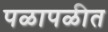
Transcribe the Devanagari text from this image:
पळापळीत